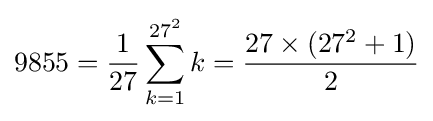
9855={\frac {1}{27}}\sum _{k=1}^{27^{2}}k={\frac {27\times (27^{2}+1)}{2}}